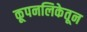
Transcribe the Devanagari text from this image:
कूपनलिकेतून